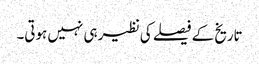
تاریخ کے فیصلے کی نظیر ہی نہیں ہوتی۔